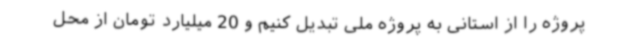
پروژه را از استانی به پروژه ملی تبدیل کنیم و 20 میلیارد تومان از محل